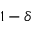
1 - \delta